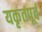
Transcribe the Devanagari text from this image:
यकृतपूर्व